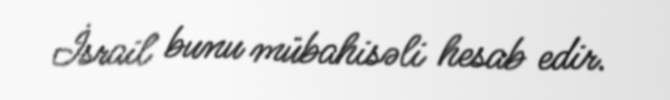
İsrail bunu mübahisəli hesab edir.